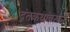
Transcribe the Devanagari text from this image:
दंतकथांवरून